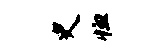
史恤